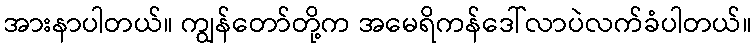
အားနာပါတယ်။ ကျွန်တော်တို့က အမေရိကန်ဒေါ်လာပဲလက်ခံပါတယ်။